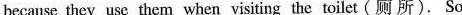
because they use them when visiting the toilet(厕 所). So